Leaving Certificate Examination, 1919
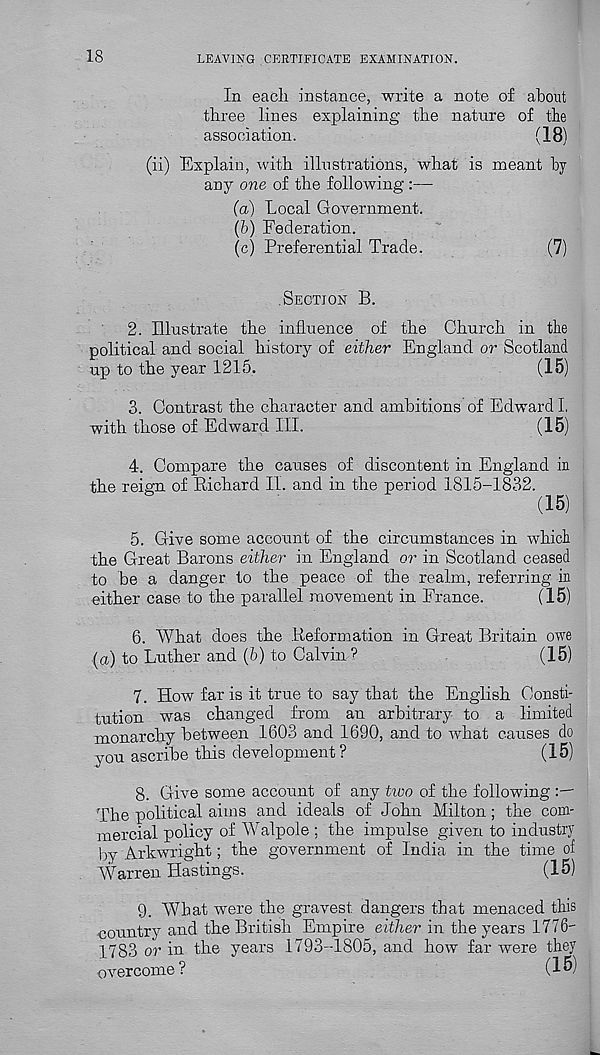
18
LEAVING CERTIFICATE EXAMINATION.
In each instance, write a note of about
three lines explaining the nature of the
association.
(18)
(ii) Explain, with illustrations, what is meant by
any one of the following :—
(а) Local Government.
(б) Federation.
(c) Preferential Trade.
(7)
SECTION B.
2. Illustrate the influence of the Church in the
political and social history of either England or Scotland
up to the year 1215.
(15)
3. Contrast the character and ambitions of Edward I,
with those of Edward III.
(15)
4. Compare the causes of discontent in England in
the reign of Richard II. and in the period 1815-1832.
(15)
5. Give some account of the circumstances in which
the Great Barons either in England or in Scotland ceased
to be a danger to the peace of the realm, referring in
either case to the parallel movement in France.
(15)
6. What does the Reformation in Great Britain owe
(a) to Luther and (6) to Calvin’
(15)
7. How far is it true to say that the English Consti-
tution was changed from an arbitrary to a limited
monarchy between 1603 and 1690, and to what causes do
you ascribe this development?
(15)
8. Give some account of any two of the following
The political aims and ideals of John Milton; the com-
mercial policy of Walpole ; the impulse given to industry
by Arkwright; the government of India in the time of
Warren Hastings.
(15)
9. What were the gravest dangers that menaced this
country and the British Empire either in the years 1776-
1783 or in the years 1793-1805, and how far were they
overcome ?
(15)